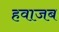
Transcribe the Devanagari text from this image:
हवाजब